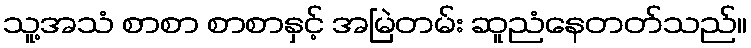
သူ့အသံ စာစာ စာစာနှင့် အမြဲတမ်း ဆူညံနေတတ်သည်။